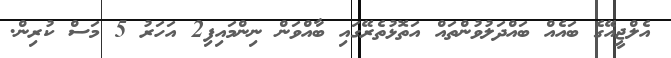
އެލްޖީއޭގެ ބައެއް ބައްދަލުވުންތައް އަތޮޅުތެރޭގައި ބާއްވަން ނިންމައިފި2 އަހަރު 5 މަސް ކުރިން.